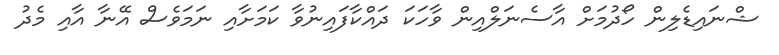
ޝްނައިޑެލިން ހޯދުމަށް އާސެނަލްއިން ވާހަކަ ދައްކާފައިނުވާ ކަމަށާއި ނަމަވެސް އޭނާ އާއި މެދު